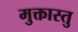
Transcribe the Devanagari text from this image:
मुक्तास्तु